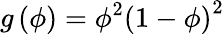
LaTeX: g\left(\phi\right)=\phi^{2}\left(1-\phi\right)^{2}